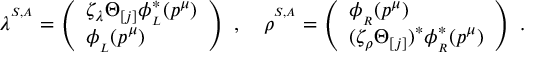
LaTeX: \lambda ^ { ^ { S , A } } = \left( \begin{array} { l } { { \zeta _ { \lambda } \Theta _ { [ j ] } \phi _ { _ L } ^ { \ast } ( p ^ { \mu } ) } } \\ { { \phi _ { _ L } ( p ^ { \mu } ) } } \end{array} \right) \, \, , \quad \rho ^ { ^ { S , A } } = \left( \begin{array} { l } { { \phi _ { _ R } ( p ^ { \mu } ) } } \\ { { ( \zeta _ { \rho } \Theta _ { [ j ] } ) ^ { \ast } \phi _ { _ R } ^ { \ast } ( p ^ { \mu } ) } } \end{array} \right) \, \, .